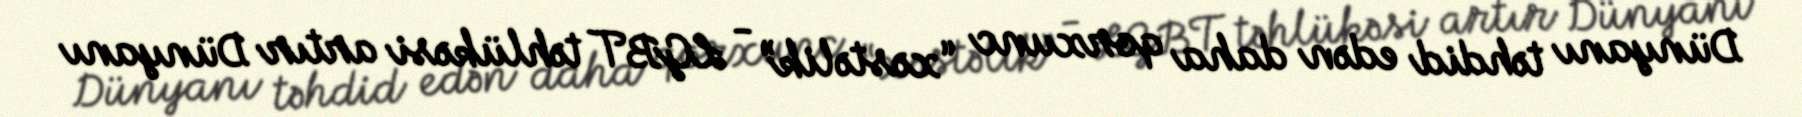
Dünyanı təhdid edən daha qorxunc “xəstəlik” - LGBT təhlükəsi artır Dünyanı